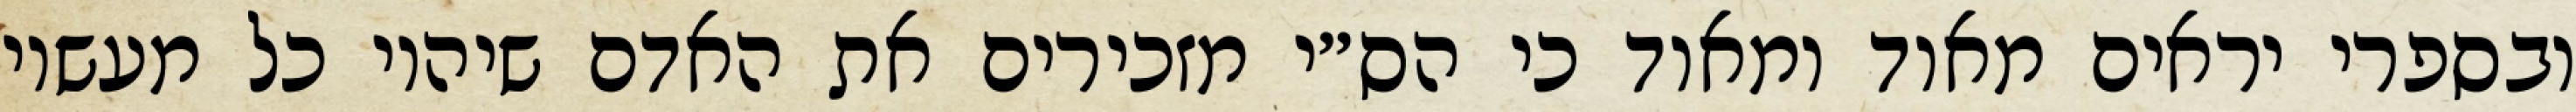
ובספרי יראים מאוד ומאוד כי הס״י מזכירים את האדם שיהיו כל מעשיו